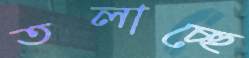
তলাচ্ছে